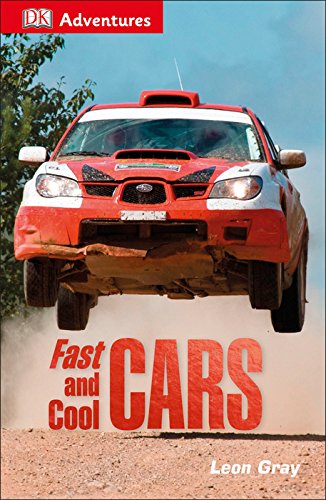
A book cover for DK Adventures: Fast and Cool Cars; DK; Children's Books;